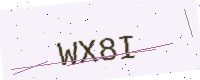
Text: WX8I